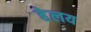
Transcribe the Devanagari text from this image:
हेलय